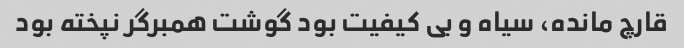
قارچ مانده، سیاه و بی کیفیت بود گوشت همبرگر نپخته بود